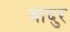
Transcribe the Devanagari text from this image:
बादुर